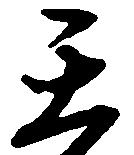
天